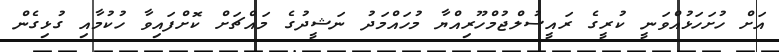
އަށް ހުށަހަޅުއްވަނީ ކުރީގެ ރައީސުލްޖުމްހޫރިއްޔާ މުހައްމަދު ނަޝީދުގެ މައްޗަށް ކޮށްފައިވާ ހުކުމާއި ގުޅިގެން